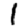
Digit: 1